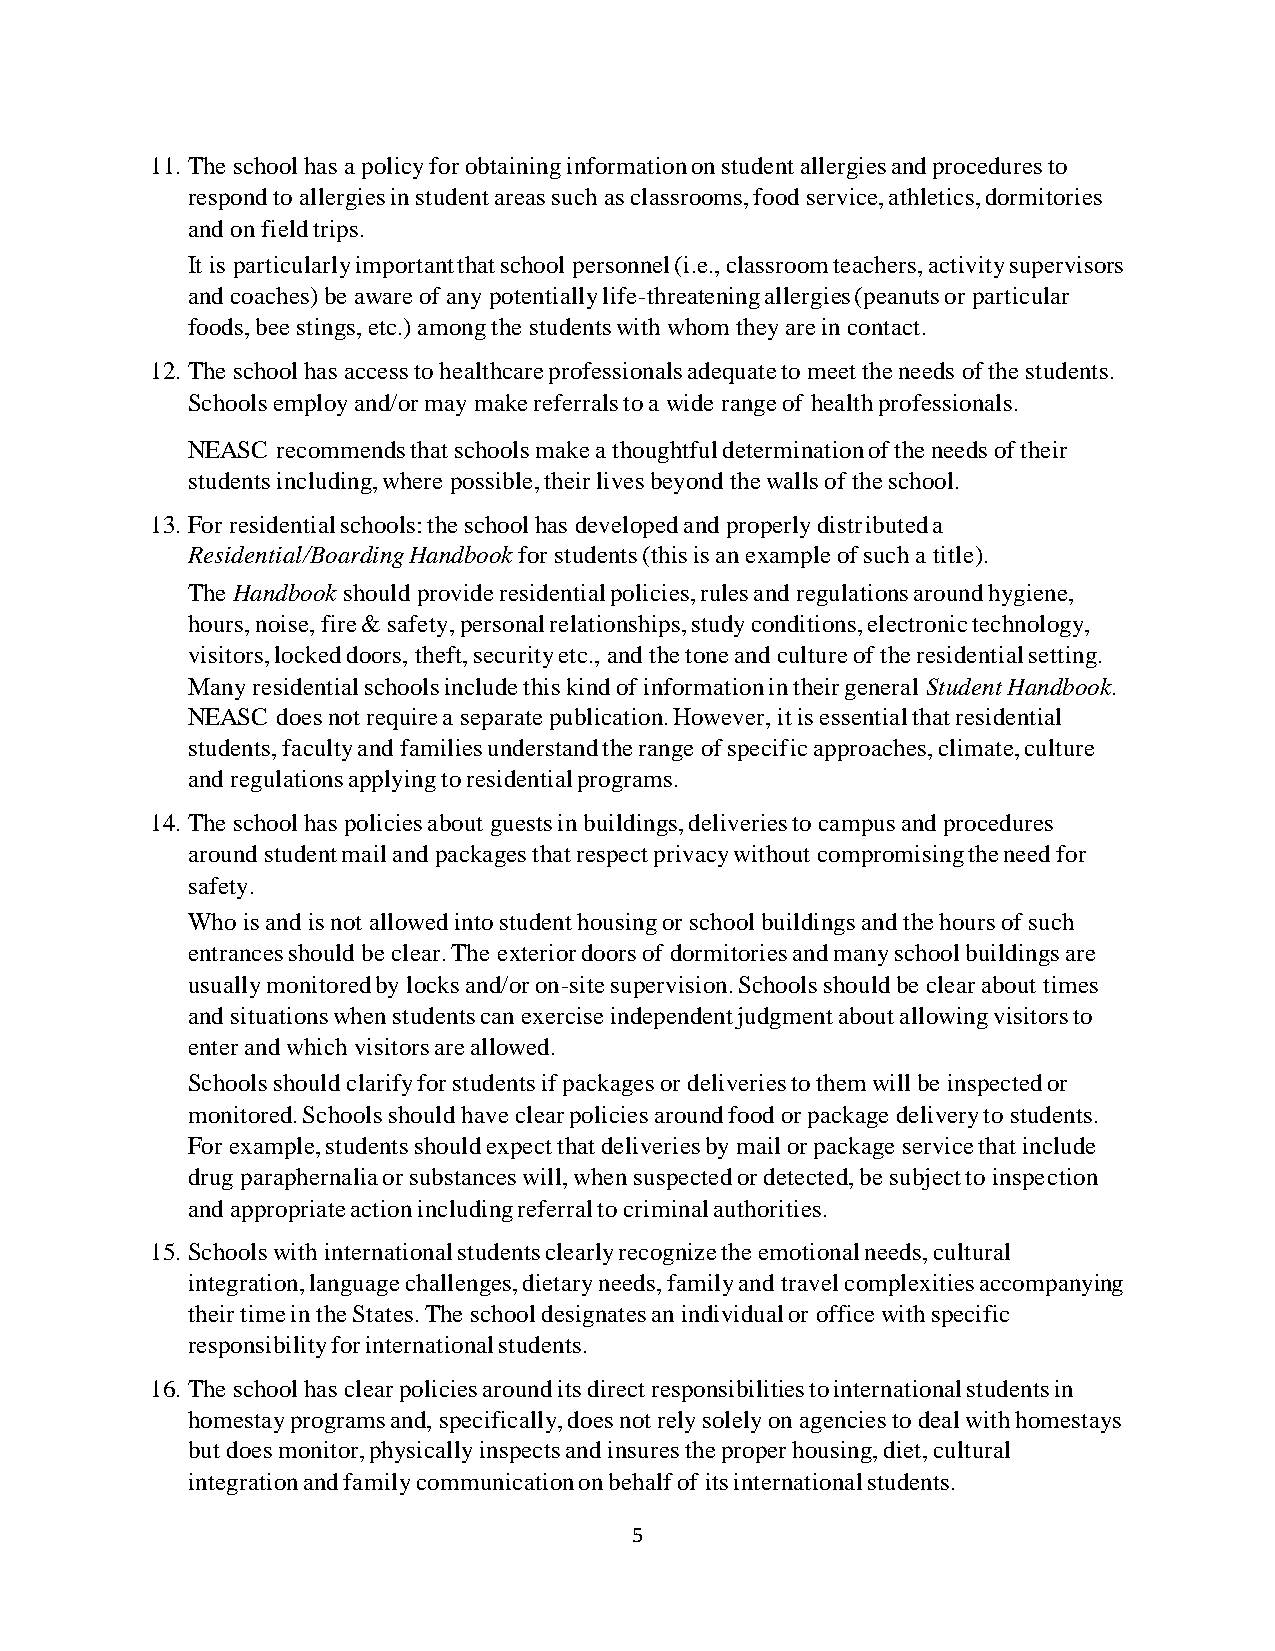
11. The school has a policy for obtaining information on student allergies and procedures to
 respond to allergies in student areas such as classrooms, food service, athletics, dormitories
 and on field trips.
 It is particularly important that school personnel (i.e., classroom teachers, activity supervisors
 and coaches) be aware of any potentially life-threatening allergies (peanuts or particular
 foods, bee stings, etc.) among the students with whom they are in contact.
 12. The school has access to healthcare professionals adequate to meet the needs of the students.
 Schools employ and/or may make referrals to a wide range of health professionals.
 NEASC recommends that schools make a thoughtful determination of the needs of their
 students including, where possible, their lives beyond the walls of the school.
 13. For residential schools: the school has developed and properly distributed a
 Residential/Boarding Handbook for students (this is an example of such a title).
 The Handbook should provide residential policies, rules and regulations around hygiene,
 hours, noise, fire & safety, personal relationships, study conditions, electronic technology,
 visitors, locked doors, theft, security etc., and the tone and culture of the residential setting.
 Many residential schools include this kind of information in their general Student Handbook.
 NEASC does not require a separate publication. However, it is essential that residential
 students, faculty and families understand the range of specific approaches, climate, culture
 and regulations applying to residential programs.
 14. The school has policies about guests in buildings, deliveries to campus and procedures
 around student mail and packages that respect privacy without compromising the need for
 safety.
 Who is and is not allowed into student housing or school buildings and the hours of such
 entrances should be clear. The exterior doors of dormitories and many school buildings are
 usually monitored by locks and/or on-site supervision. Schools should be clear about times
 and situations when students can exercise independent judgment about allowing visitors to
 enter and which visitors are allowed.
 Schools should clarify for students if packages or deliveries to them will be inspected or
 monitored. Schools should have clear policies around food or package delivery to students.
 For example, students should expect that deliveries by mail or package service that include
 drug paraphernalia or substances will, when suspected or detected, be subject to inspection
 and appropriate action including referral to criminal authorities.
 15. Schools with international students clearly recognize the emotional needs, cultural
 integration, language challenges, dietary needs, family and travel complexities accompanying
 their time in the States. The school designates an individual or office with specific
 responsibility for international students.
 16. The school has clear policies around its direct responsibilities to international students in
 homestay programs and, specifically, does not rely solely on agencies to deal with homestays
 but does monitor, physically inspects and insures the proper housing, diet, cultural
 integration and family communication on behalf of its international students.
 5